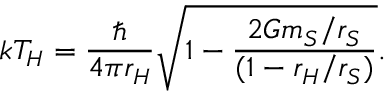
k T _ { H } = { \frac { \hbar } { 4 \pi r _ { H } } } \sqrt { 1 - { \frac { 2 G m _ { S } / r _ { S } } { ( 1 - r _ { H } / r _ { S } ) } } } .